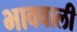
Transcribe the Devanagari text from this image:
भाववाली